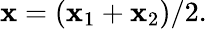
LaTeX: \mathbf{x}=(\mathbf{x}_{1}+\mathbf{x}_{2})/2.